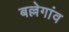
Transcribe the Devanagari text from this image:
बल्लेगांव